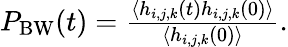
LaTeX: \begin{array}{r}{P_{\mathrm{BW}}(t)=\frac{\left\langle h_{i,j,k}(t)h_{i,j,k}(0)\right\rangle}{\left\langle h_{i,j,k}(0)\right\rangle}.}\end{array}